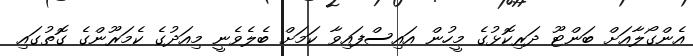
އެންގޯލާއަށް ބަންޓޫ ދަރިކޮޅުގެ މީހުން އައިސްފައިވާ ކަމަށް ބެލެވެނީ މިއަދުގެ ކެމަރޫންގެ ގޮތުގައި